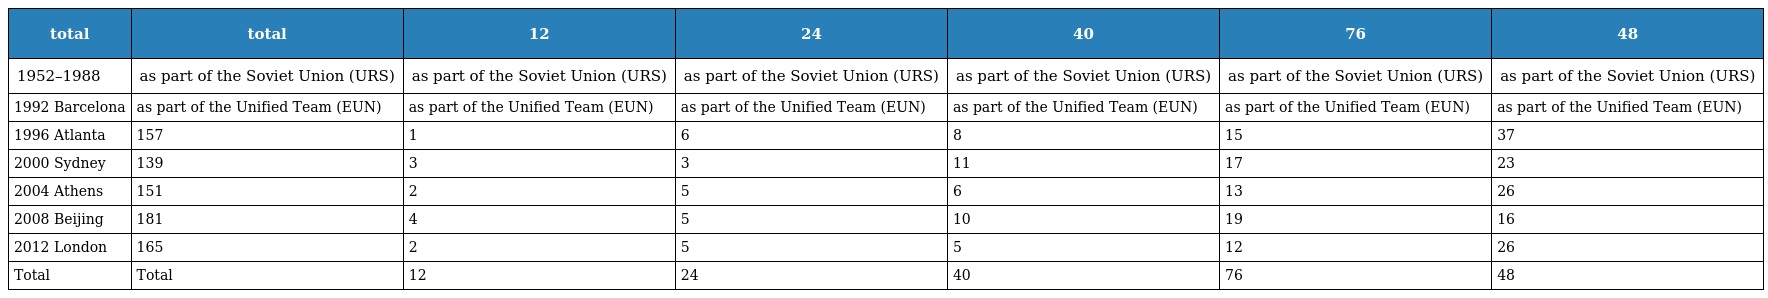
| total | total | 12 | 24 | 40 | 76 | 48 |
 | --- | --- | --- | --- | --- | --- | --- |
 | 1952–1988 | as part of the Soviet Union (URS) | as part of the Soviet Union (URS) | as part of the Soviet Union (URS) | as part of the Soviet Union (URS) | as part of the Soviet Union (URS) | as part of the Soviet Union (URS) |
 | 1992 Barcelona | as part of the Unified Team (EUN) | as part of the Unified Team (EUN) | as part of the Unified Team (EUN) | as part of the Unified Team (EUN) | as part of the Unified Team (EUN) | as part of the Unified Team (EUN) |
 | 1996 Atlanta | 157 | 1 | 6 | 8 | 15 | 37 |
 | 2000 Sydney | 139 | 3 | 3 | 11 | 17 | 23 |
 | 2004 Athens | 151 | 2 | 5 | 6 | 13 | 26 |
 | 2008 Beijing | 181 | 4 | 5 | 10 | 19 | 16 |
 | 2012 London | 165 | 2 | 5 | 5 | 12 | 26 |
 | Total | Total | 12 | 24 | 40 | 76 | 48 |